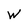
Character: W